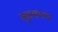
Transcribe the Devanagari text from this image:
गुढकरण